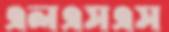
এলএসএস